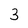
Character: 3